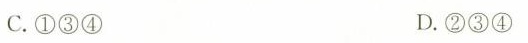
C.①③④ D.②③④